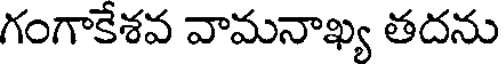
గంగాకేశవ వామనాఖ్య తదను